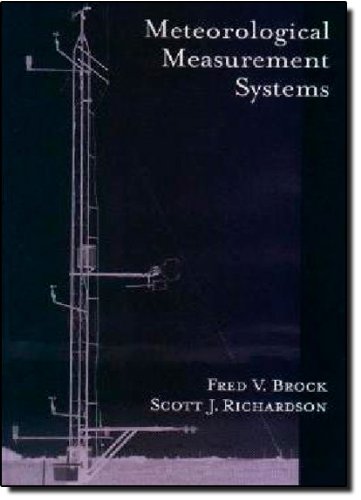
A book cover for Meteorological Measurement Systems; Fred V. Brock; Science & Math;